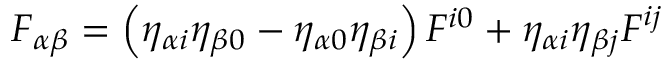
F _ { \alpha \beta } = \left( \eta _ { \alpha i } \eta _ { \beta 0 } - \eta _ { \alpha 0 } \eta _ { \beta i } \right) F ^ { i 0 } + \eta _ { \alpha i } \eta _ { \beta j } F ^ { i j }